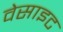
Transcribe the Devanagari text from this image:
वेसाइट